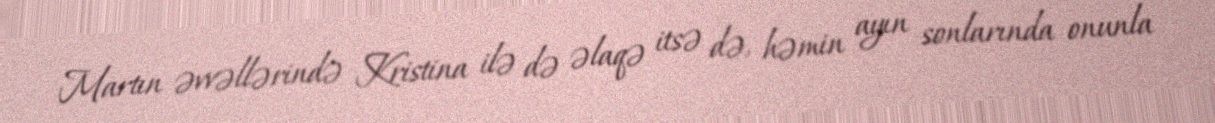
Martın əvvəllərində Kristina ilə də əlaqə itsə də, həmin ayın sonlarında onunla